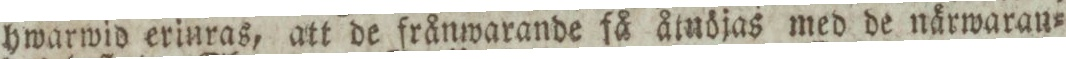
hwarwid erinras, att de frånwarande få åtnöjas med de närwaran=